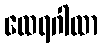
ထေရဂါထာ